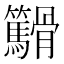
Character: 𬴓